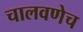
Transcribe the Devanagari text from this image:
चालवणेच